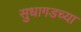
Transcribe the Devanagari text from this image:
सुधागडच्या